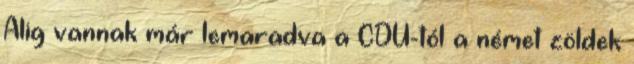
Alig vannak már lemaradva a CDU-tól a német zöldek